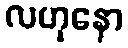
လဟုနော